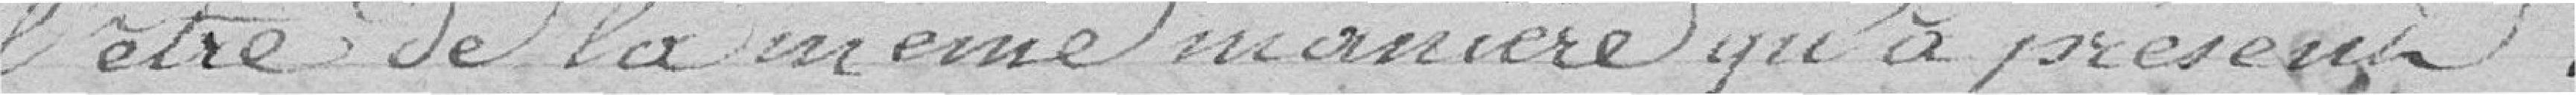
l'être de la même manière qu'à présent.